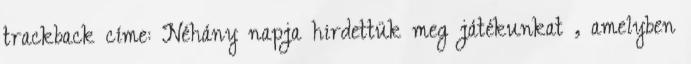
trackback címe: Néhány napja hirdettük meg játékunkat , amelyben